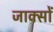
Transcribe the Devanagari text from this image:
जाक्सों